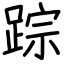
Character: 踪